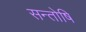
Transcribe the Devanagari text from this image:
सन्तोषि